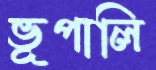
ভূপালি